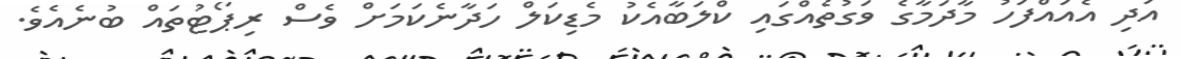
އަދި އެއައްފަހު މާދަމާގެ ވަގުތެއްގައި ކްލަބާއެކު މެޑިކަލް ހަދާނެކަމަށް ވެސް ރިޕޯޓުތައް ބުނެއެވެ.